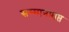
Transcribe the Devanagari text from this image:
सम्मानप्राप्त